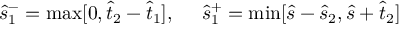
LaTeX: \hat { s } _ { 1 } ^ { - } = \operatorname * { m a x } [ 0 , \hat { t } _ { 2 } - \hat { t } _ { 1 } ] , ~ ~ ~ ~ \hat { s } _ { 1 } ^ { + } = \operatorname * { m i n } [ \hat { s } - \hat { s } _ { 2 } , \hat { s } + \hat { t } _ { 2 } ]